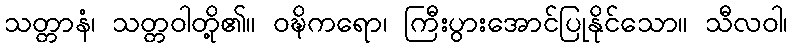
သတ္တာနံ၊ သတ္တဝါတို့၏။ ဝဍ္ဎိကရော၊ ကြီးပွားအောင်ပြုနိုင်သော။ သီလဝါ၊